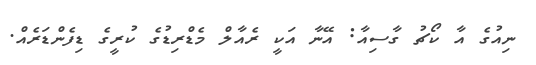
ނިއުގެ އާ ކޯޗު ގާސިއާ: އޭނާ އަކީ ރެއާލް މެޑްރިޑުގެ ކުރީގެ ޑިފެންޑަރެއް.